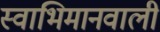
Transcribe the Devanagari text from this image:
स्वाभिमानवाली